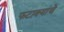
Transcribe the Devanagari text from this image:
फटाक्यांचे